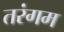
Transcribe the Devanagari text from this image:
तरंगम